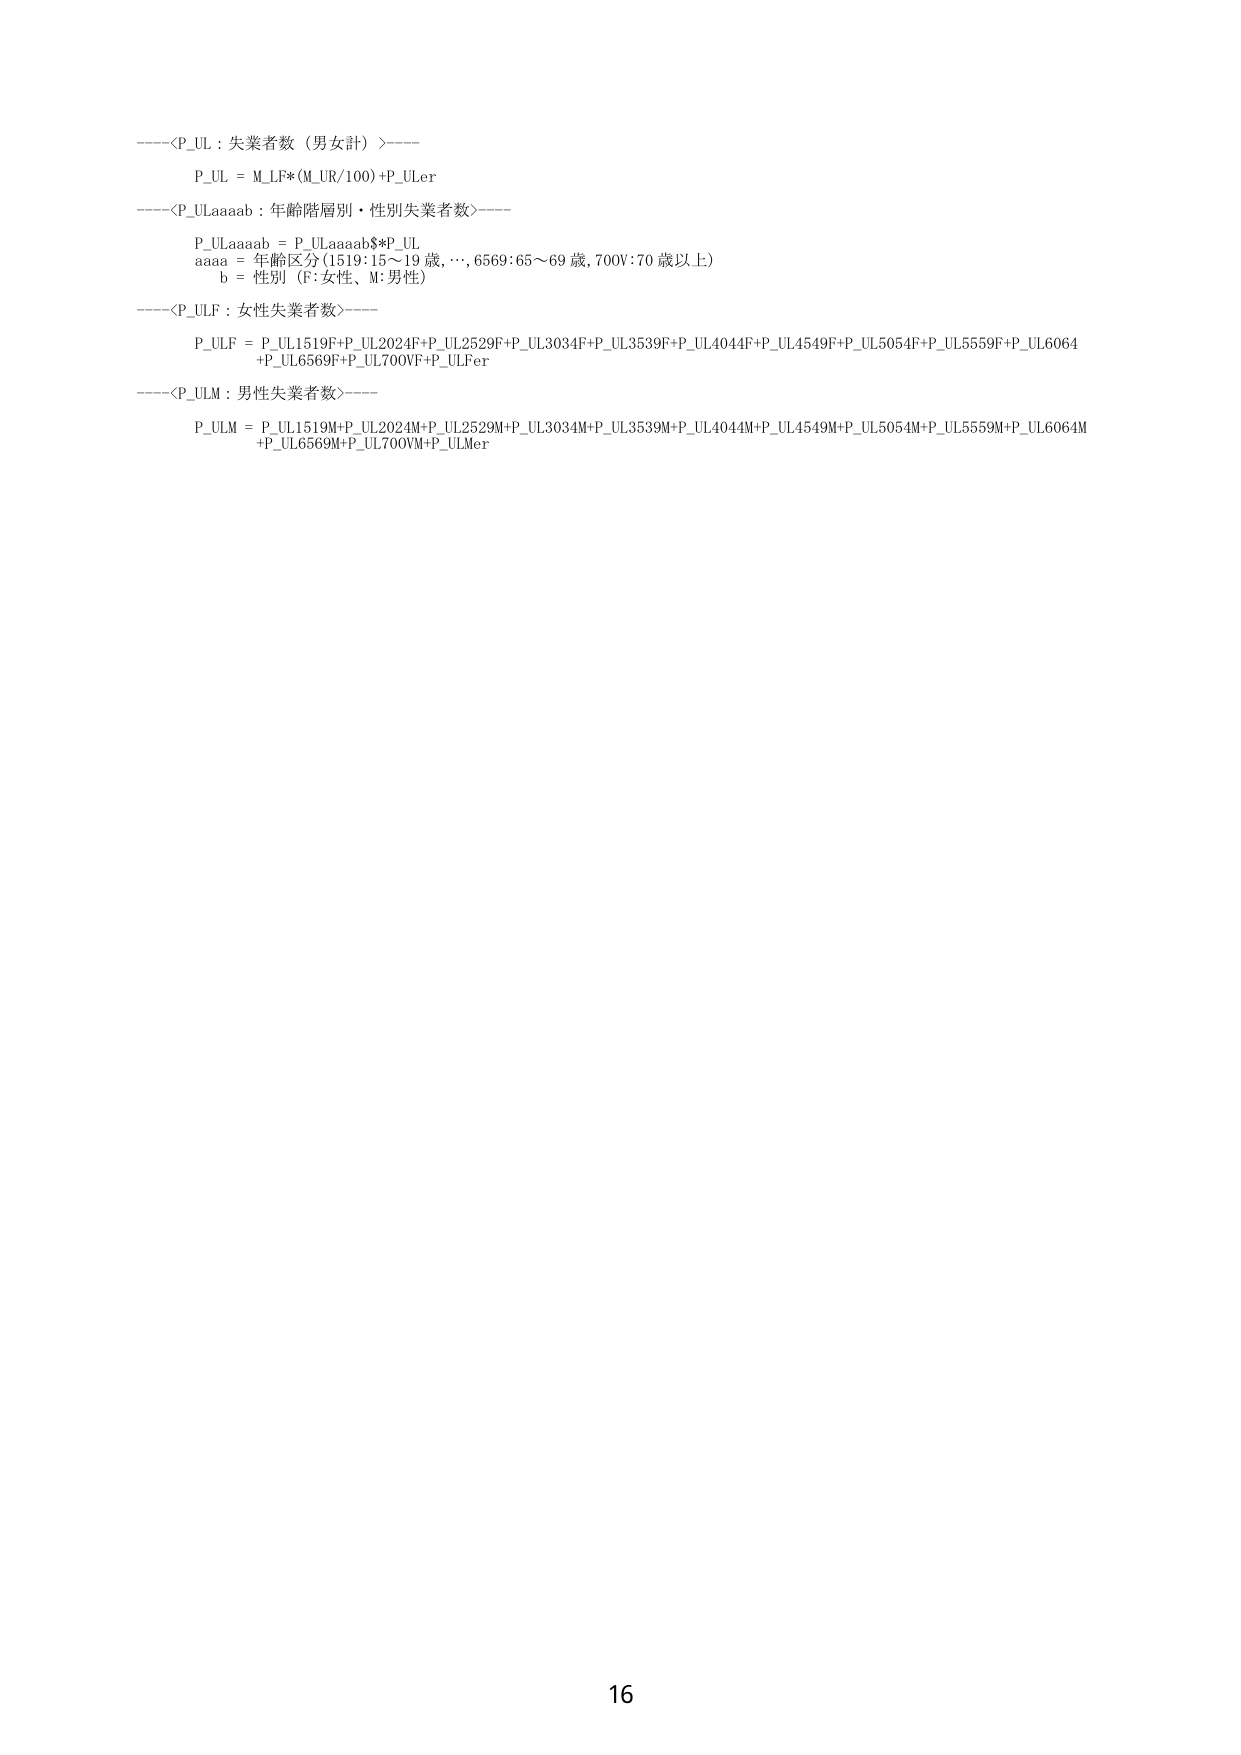
-----<P_UL : 失業者数（男女計）>-----
P_UL = M_LF*(M_UR/100)+P_ULer

-----<P_ULaaaab : 年齢階層別・性別失業者数>-----
P_ULaaaab = P_ULaaaab$*P_UL
aaaa = 年齢区分 (1519:15～19 歳,..., 6569:65～69 歳, 700V:70 歳以上)
b = 性別 (F:女性、M:男性)

-----<P_ULF : 女性失業者数>-----
P_ULF = P_UL1519F+P_UL2024F+P_UL2529F+P_UL3034F+P_UL3539F+P_UL4044F+P_UL4549F+P_UL5054F+P_UL5559F+P_UL6064
+P_UL6569F+P_UL700VF+P_ULFer

-----<P_ULM : 男性失業者数>-----
P_ULM = P_UL1519M+P_UL2024M+P_UL2529M+P_UL3034M+P_UL3539M+P_UL4044M+P_UL4549M+P_UL5054M+P_UL5559M+P_UL6064M
+P_UL6569M+P_UL700VM+P_ULMer

16